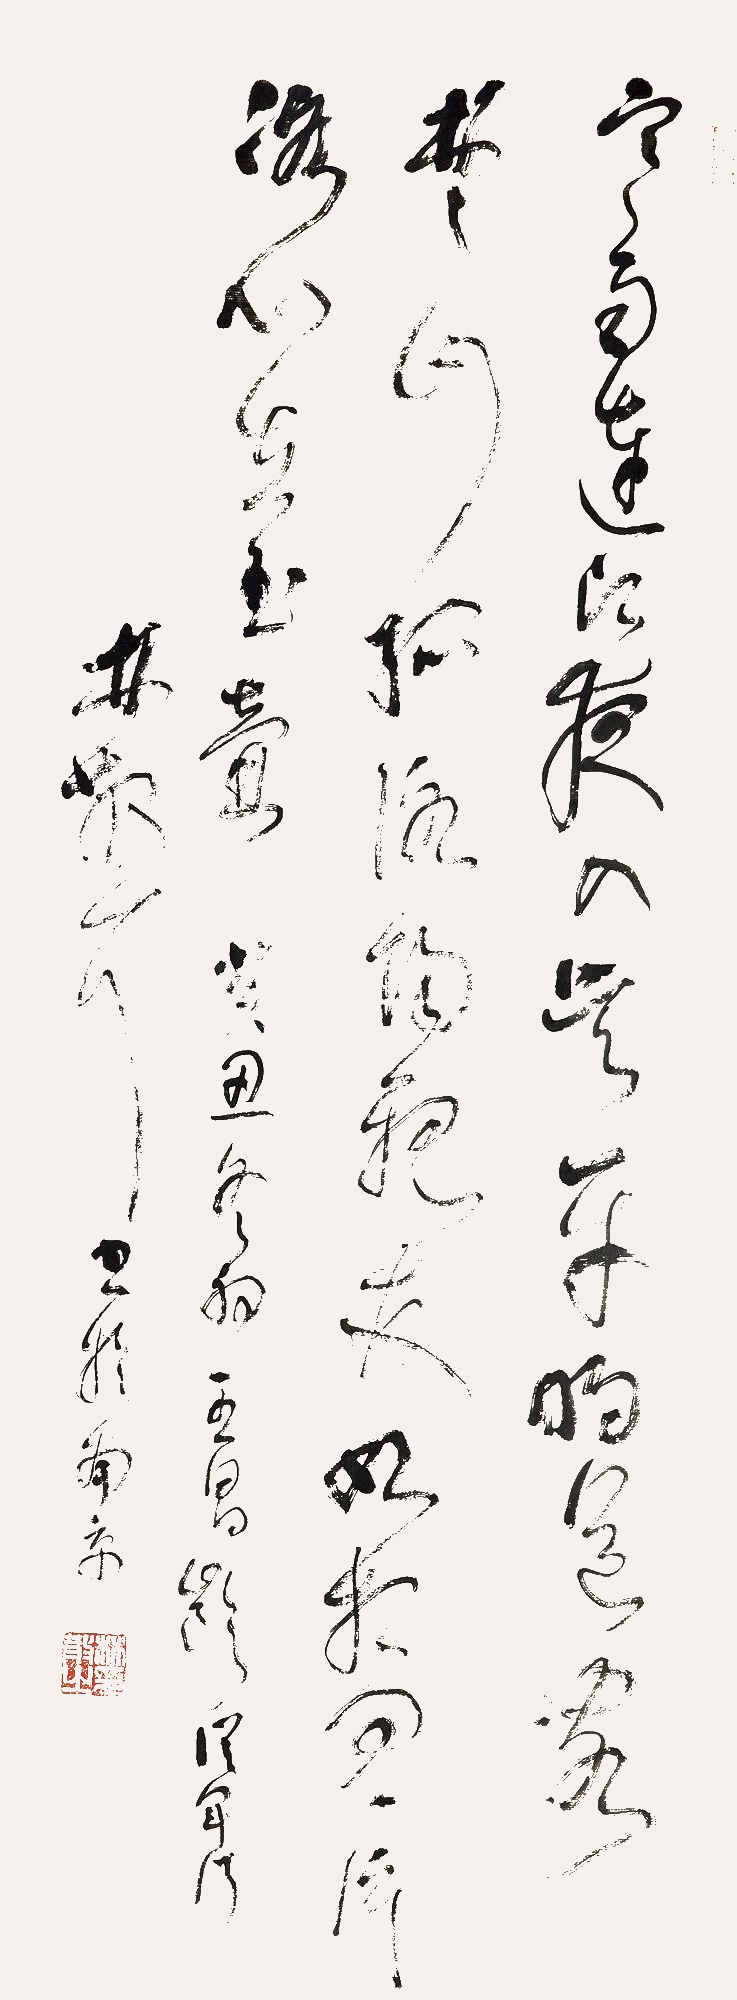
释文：寒雨连江夜入吴，平明送客楚山孤。洛阳亲友如相问，一片冰心在玉壶。癸丑冬初，王昌龄《从军行》，林散耳书于南京。